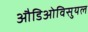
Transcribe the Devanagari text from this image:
औडिओविसुयल